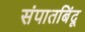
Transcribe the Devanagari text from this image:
संपातबिंदू